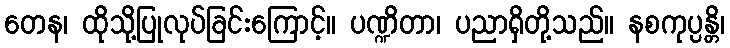
တေန၊ ထိုသို့ပြုလုပ်ခြင်းကြောင့်။ ပဏ္ဍိတာ၊ ပညာရှိတို့သည်။ နစကုပ္ပန္တိ၊